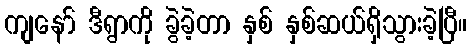
ကျနော် ဒီရွာကို ခွဲခဲ့တာ နှစ် နှစ်ဆယ်ရှိသွားခဲ့ပြီ။